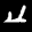
Label: 4